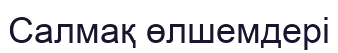
Салмақ өлшемдері